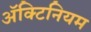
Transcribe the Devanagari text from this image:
अॅक्टिनियम